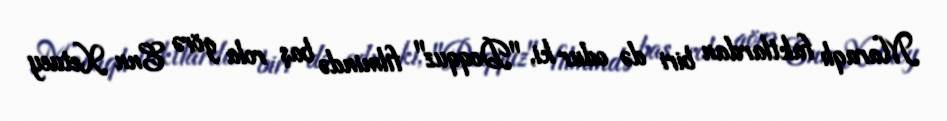
Maraqlı faktlardan biri də odur ki, "Doqquz" filmində baş rola görə Enn Xetuey